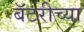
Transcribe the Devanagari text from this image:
बॅटरीच्या